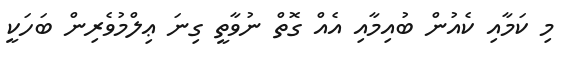
މި ކަމާއި ކެއުން ބުއިމާއި އެއް ގޮތް ނުވާތީ ގިނަ ޢިލްމުވެރިން ބަހަކީ